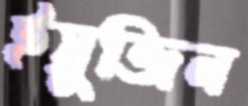
ইয়ুজিন